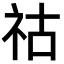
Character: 祜